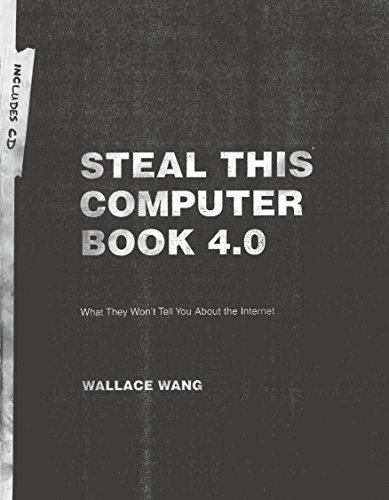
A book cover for Steal This Computer Book 4.0: What They Won't Tell You About the Internet; Wallace Wang; Computers & Technology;